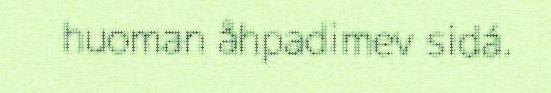
huoman åhpadimev sidá.